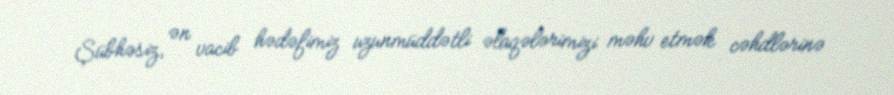
Şübhəsiz, ən vacib hədəfimiz uzunmüddətli əlaqələrimizi məhv etmək cəhdlərinə